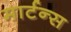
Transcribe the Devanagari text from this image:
मार्टन्स